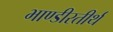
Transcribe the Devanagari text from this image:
भाण्डीरतीर्थ